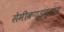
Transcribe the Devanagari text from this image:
सेमीकण्डक्टर्स